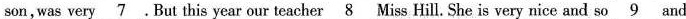
son,was very \underline{7} .But this year our teacher\underline{8} Miss Hill. She is very nice and so \underline{9} and